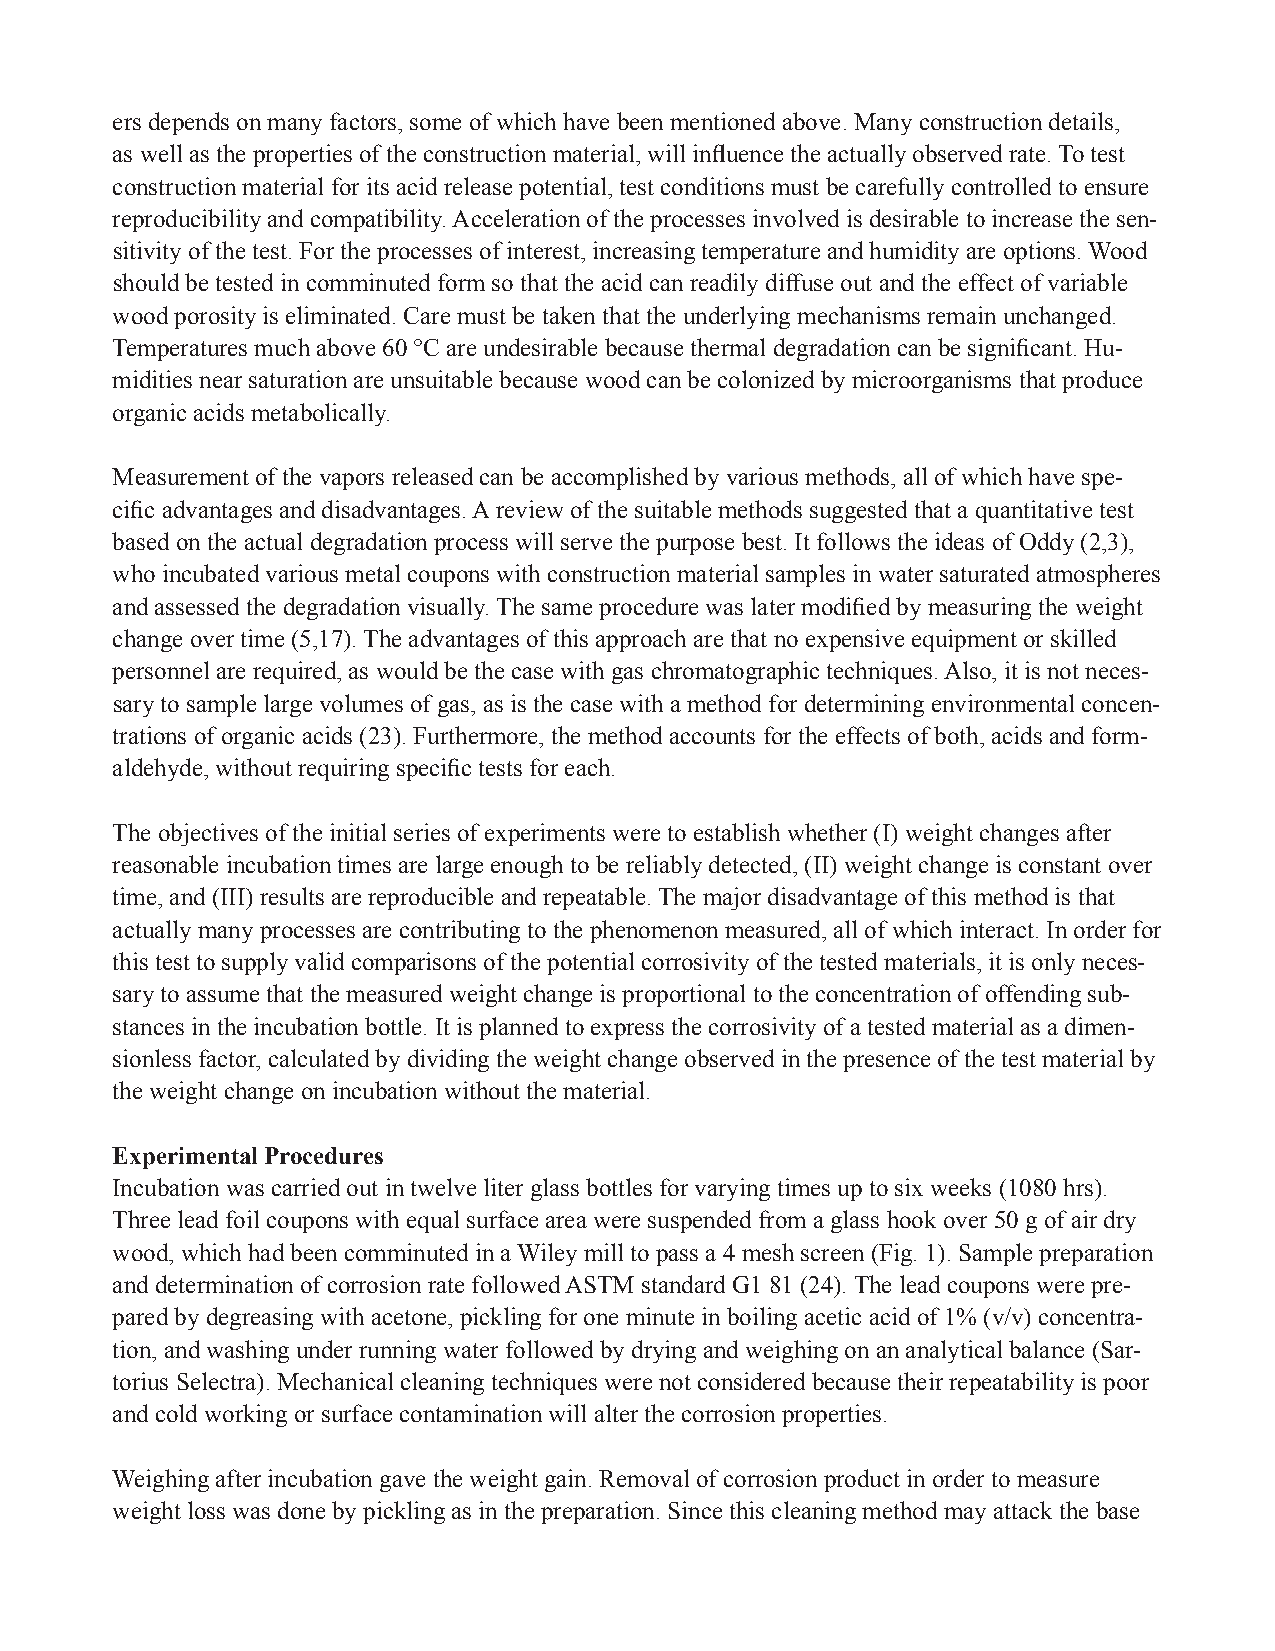
ers depends on many factors, some of which have been mentioned above. Many construction details,
 as well as the properties of the construction material, will influence the actually observed rate. To test
 construction material for its acid release potential, test conditions must be carefully controlled to ensure
 reproducibility and compatibility. Acceleration of the processes involved is desirable to increase the sen-
 sitivity of the test. For the processes of interest, increasing temperature and humidity are options. Wood
 should be tested in comminuted form so that the acid can readily diffuse out and the effect of variable
 wood porosity is eliminated. Care must be taken that the underlying mechanisms remain unchanged.
 Temperatures much above 60 °C are undesirable because thermal degradation can be significant. Hu-
 midities near saturation are unsuitable because wood can be colonized by microorganisms that produce
 organic acids metabolically.
 Measurement of the vapors released can be accomplished by various methods, all of which have spe-
 cific advantages and disadvantages. A review of the suitable methods suggested that a quantitative test
 based on the actual degradation process will serve the purpose best. It follows the ideas of Oddy (2,3),
 who incubated various metal coupons with construction material samples in water saturated atmospheres
 and assessed the degradation visually. The same procedure was later modified by measuring the weight
 change over time (5,17). The advantages of this approach are that no expensive equipment or skilled
 personnel are required, as would be the case with gas chromatographic techniques. Also, it is not neces-
 sary to sample large volumes of gas, as is the case with a method for determining environmental concen-
 trations of organic acids (23). Furthermore, the method accounts for the effects of both, acids and form-
 aldehyde, without requiring specific tests for each.
 The objectives of the initial series of experiments were to establish whether (I) weight changes after
 reasonable incubation times are large enough to be reliably detected, (II) weight change is constant over
 time, and (III) results are reproducible and repeatable. The major disadvantage of this method is that
 actually many processes are contributing to the phenomenon measured, all of which interact. In order for
 this test to supply valid comparisons of the potential corrosivity of the tested materials, it is only neces-
 sary to assume that the measured weight change is proportional to the concentration of offending sub-
 stances in the incubation bottle. It is planned to express the corrosivity of a tested material as a dimen-
 sionless factor, calculated by dividing the weight change observed in the presence of the test material by
 the weight change on incubation without the material.
 Experimental Procedures
 Incubation was carried out in twelve liter glass bottles for varying times up to six weeks (1080 hrs).
 Three lead foil coupons with equal surface area were suspended from a glass hook over 50 g of air dry
 wood, which had been comminuted in a Wiley mill to pass a 4 mesh screen (Fig. 1). Sample preparation
 and determination of corrosion rate followed ASTM standard G1 81 (24). The lead coupons were pre-
 pared by degreasing with acetone, pickling for one minute in boiling acetic acid of 1% (v/v) concentra-
 tion, and washing under running water followed by drying and weighing on an analytical balance (Sar-
 torius Selectra). Mechanical cleaning techniques were not considered because their repeatability is poor
 and cold working or surface contamination will alter the corrosion properties.
 Weighing after incubation gave the weight gain. Removal of corrosion product in order to measure
 weight loss was done by pickling as in the preparation. Since this cleaning method may attack the base